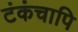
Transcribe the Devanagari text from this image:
टंकंचापि